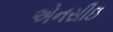
એનસીઇ